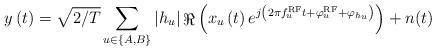
LaTeX: \begin{align*}y\left( t \right) = \sqrt {{{\rm{2}} \mathord{\left/ {\vphantom {{\rm{2}} T}} \right.\kern-\nulldelimiterspace} T}} \sum\limits_{u \in \left\{ {A,B} \right\}} {\left| {{h_u}} \right|{\mathop{\Re}\nolimits} \left( {{x_u}\left( t \right){e^{j\left( {2\pi f_u^{{\rm{RF}}}t + \varphi _u^{{\rm{RF}}} + {\varphi _{{h_u}}}} \right)}}} \right)} + n(t) \end{align*}